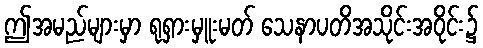
ဤအမည်များမှာ ရုရှားမှူးမတ် သေနာပတိအသိုင်းအဝိုင်း၌